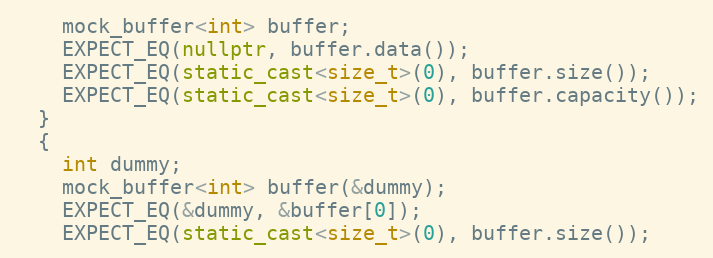
Language: C++
    mock_buffer<int> buffer;
    EXPECT_EQ(nullptr, buffer.data());
    EXPECT_EQ(static_cast<size_t>(0), buffer.size());
    EXPECT_EQ(static_cast<size_t>(0), buffer.capacity());
  }
  {
    int dummy;
    mock_buffer<int> buffer(&dummy);
    EXPECT_EQ(&dummy, &buffer[0]);
    EXPECT_EQ(static_cast<size_t>(0), buffer.size());